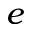
e